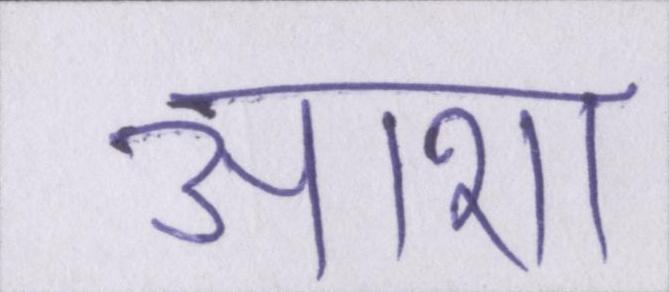
आशा